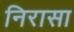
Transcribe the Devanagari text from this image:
निरासा